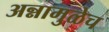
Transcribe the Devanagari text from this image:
अन्नामुळेच